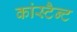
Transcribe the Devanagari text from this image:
कांस्टैन्ट